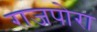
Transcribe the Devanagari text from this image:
राजपोरा